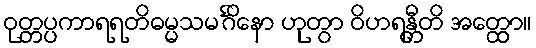
ဝုတ္တပ္ပကာရရတိဓမ္မသမင်္ဂိနော ဟုတွာ ဝိဟရန္တီတိ အတ္ထော။